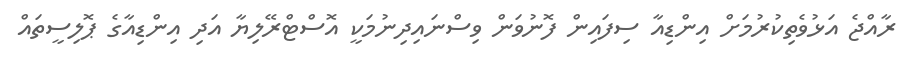
ރާއްޖެ އަޅުވެތިކުރުމަށް އިންޑިއާ ސިފައިން ފޮނުވަން ވިސްނައިދިނުމަކީ އޮސްޓްރޭލިޔާ އަދި އިންޑިއާގެ ޕޮލިސީތައް